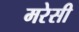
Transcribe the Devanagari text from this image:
मरेसी